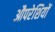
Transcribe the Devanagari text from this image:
औपरेशियों